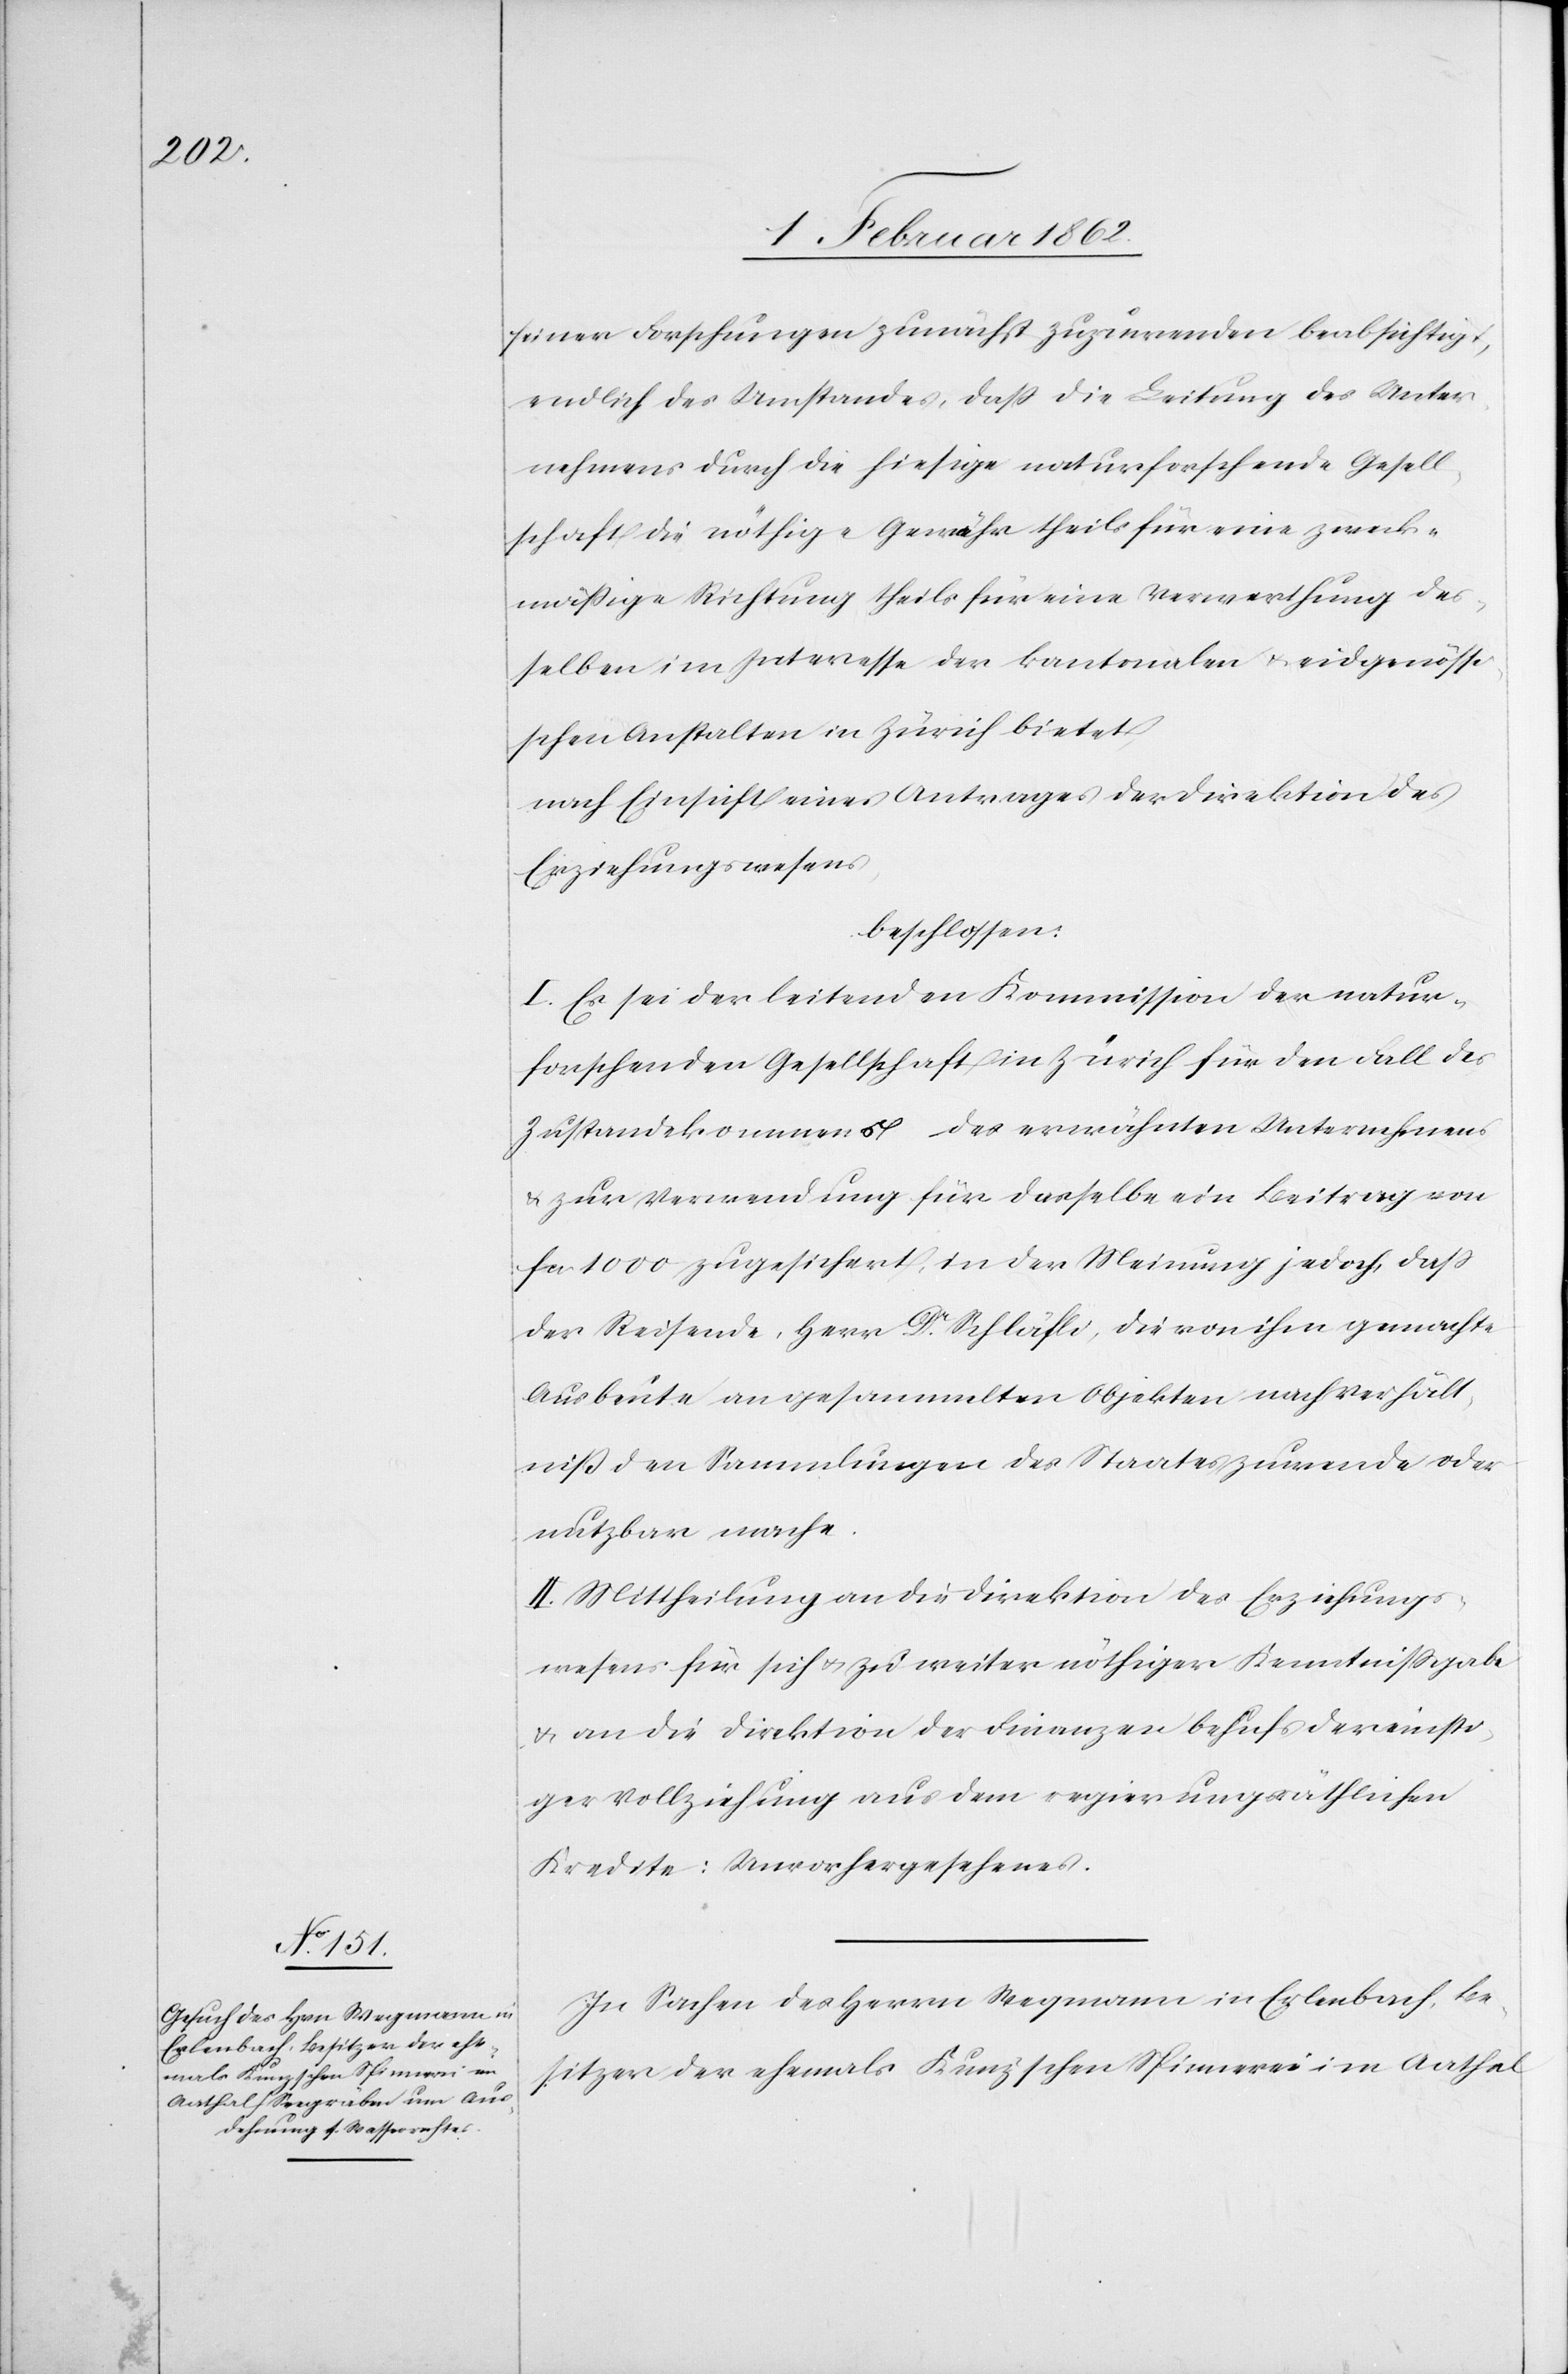
seiner Forschungen zunächst zuzuwenden beabsichtigt,
endlich des Umstandes, daß die Leitung des Unter¬
nehmens durch die hiesige naturforschende Gesell¬
schaft die nöthige Gewähr theils für eine zweck¬
mäßige Richtung theils für eine Verwerthung des¬
selben im Interesse der kantonalen u. eidgenössi¬
schen Anstalten in Zürich bietet,
nach Einsicht eines Antrages der Direktion des
Erziehungswesens
beschlossen:
I. Es sei der leitenden Kommission der natur¬
forschenden Gesellschaft in Zürich für den Fall des
Zustandekommens des erwähnten Unternehmens
u. zur Verwendung für dasselbe ein Beitrag von
fcs 1000 zugesichert, in der Meinung jedoch, daß
der Reisende, Herr Dr. Schläfli, die von ihm gemachte
Ausbeute an gesammelten Objekten nach Verhält¬
niß den Sammlungen des Staates zuwende oder
nutzbar mache.
II. Mittheilung an die Direktion des Erziehungs¬
wesens für sich u. zu weiter nöthiger Kenntnißgabe
u. an die Direktion der Finanzen behufs dereinsti¬
ger Vollziehung aus dem regierungsräthlichen
Kredite: Unvorhergesehenes.
In Sachen des Herrn Wegmann in Erlenbach, Be¬
sitzer der ehemals Kunz’schen Spinnerei im Aathal